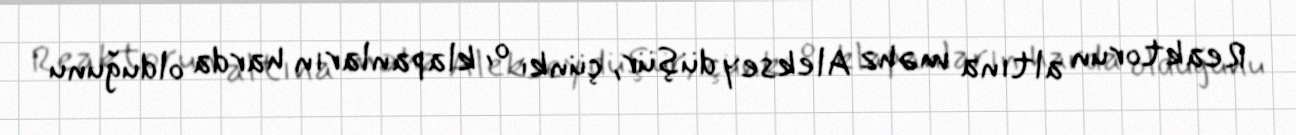
Reaktorun altına məhz Aleksey düşür, çünki o, klapanların harda olduğunu